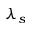
\lambda _ { s }